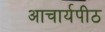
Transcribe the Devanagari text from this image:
अाचार्यपीठ